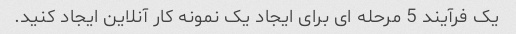
یک فرآیند 5 مرحله ای برای ایجاد یک نمونه کار آنلاین ایجاد کنید.